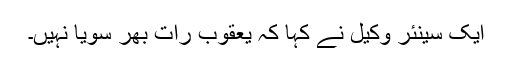
ایک سینئر وکیل نے کہا کہ یعقوب رات بھر سویا نہیں۔